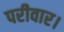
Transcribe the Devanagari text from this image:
परीवार।